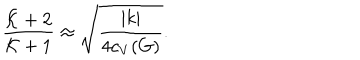
LaTeX: { \frac { { \cal K } + 2 } { { \cal K } + 1 } } \approx \sqrt { \frac { | k | } { 4 c _ { V } ( G ) } } .